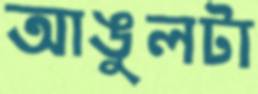
আঙুলটা